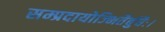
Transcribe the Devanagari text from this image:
सम्प्रदायोज्भितैर्बुधैः।